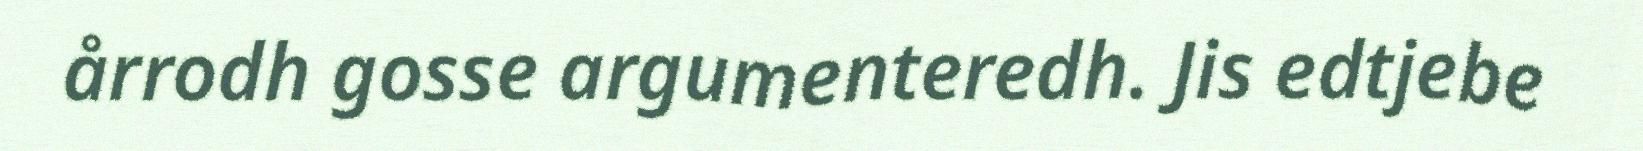
årrodh gosse argumenteredh. Jis edtjebe